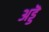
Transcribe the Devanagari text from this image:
अड्डॆ